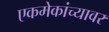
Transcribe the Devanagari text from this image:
एकमेकांच्यावर